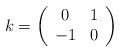
LaTeX: \begin{align*}k= \left( \begin{array}{cc} 0&1 \\ -1&0 \end{array} \right)\end{align*}